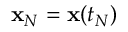
{ \mathbf x } _ { N } = { \mathbf x } ( t _ { N } )